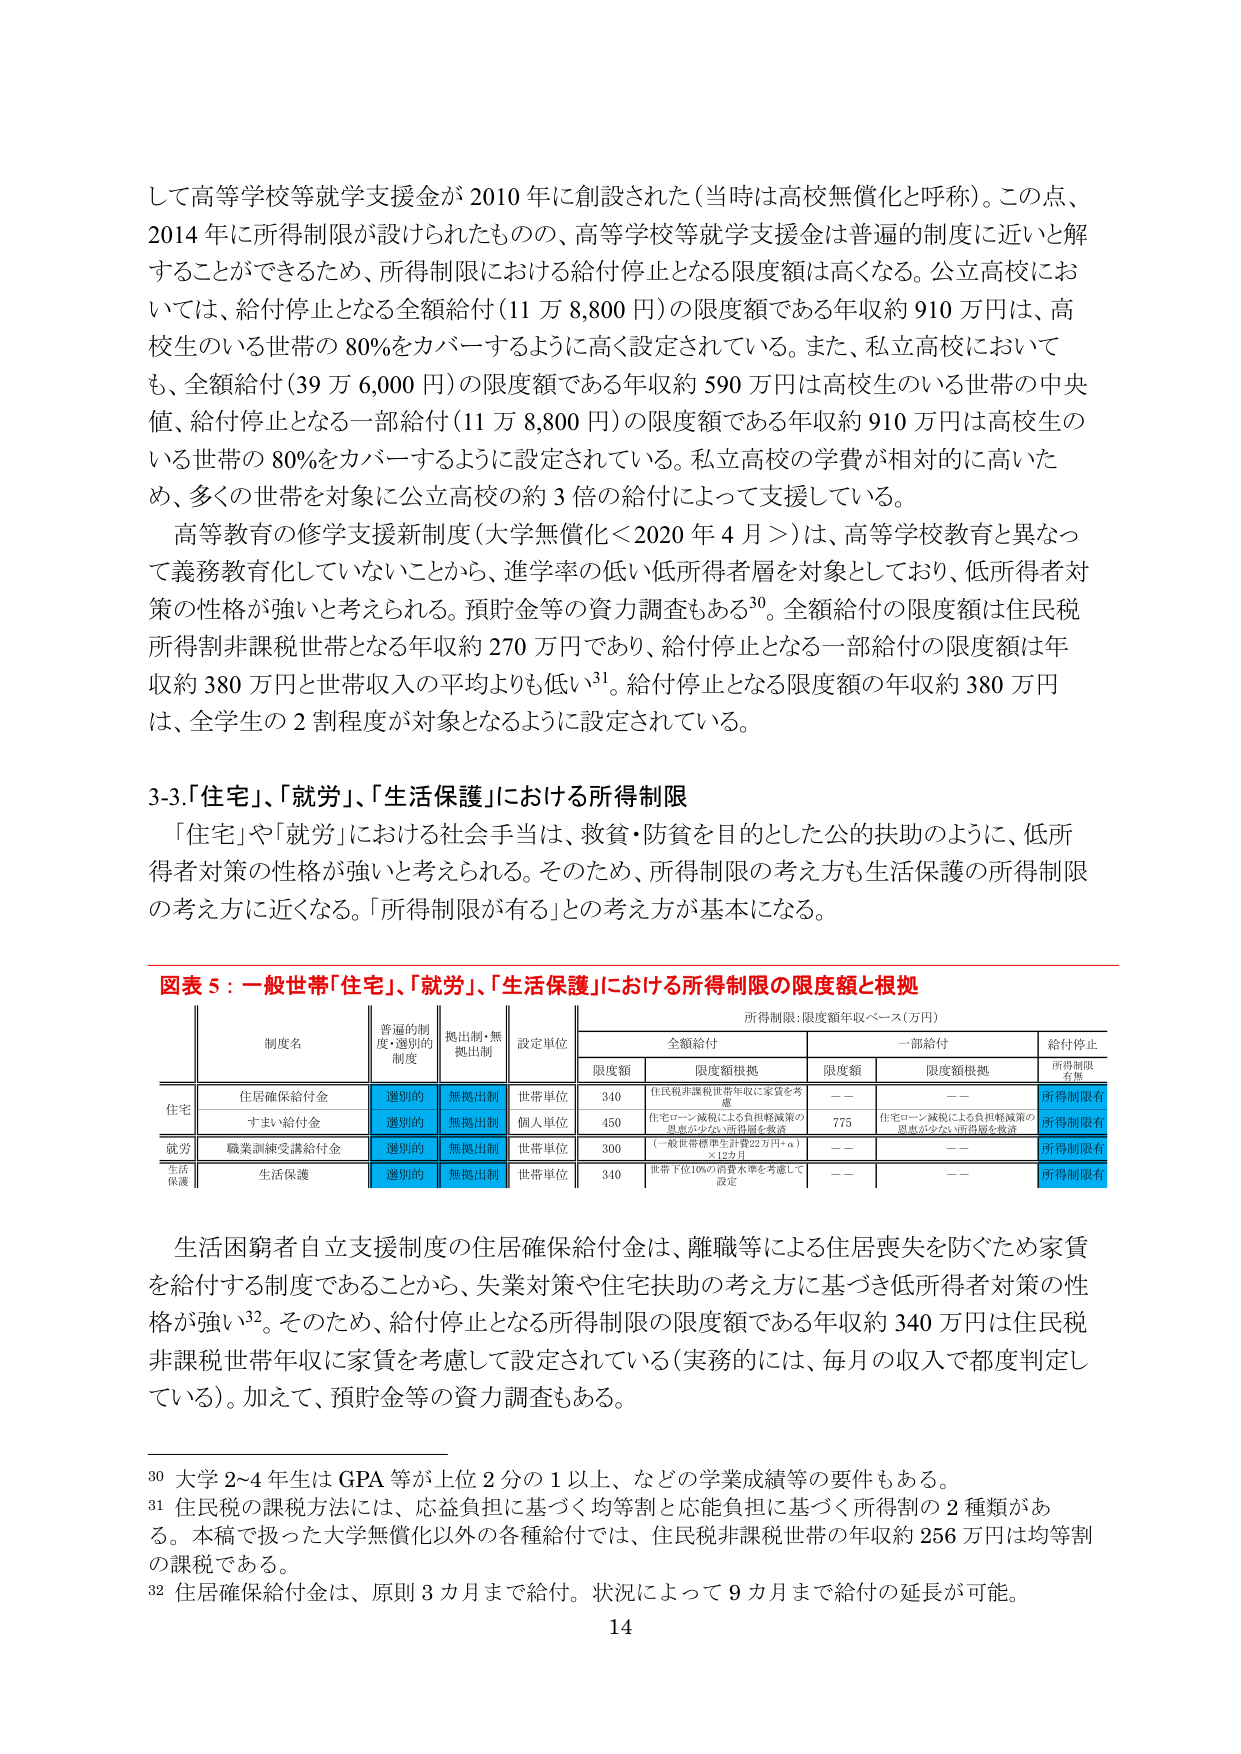
して高等学校等就学支援金が 2010 年に創設された（当時は高校無償化と呼称）。この点、
2014 年に所得制限が設けられたものの、高等学校等就学支援金は普遍的制度に近いと解
することができるため、所得制限における給付停止となる限度額は高くなる。公立高校にお
いては、給付停止となる全額給付（11 万 8,800 円）の限度額である年収約 910 万円は、高
校生のいる世帯の 80%をカバーするように高く設定されている。また、私立高校において
も、全額給付（39 万 6,000 円）の限度額である年収約 590 万円は高校生のいる世帯の中央
値、給付停止となる一部給付（11 万 8,800 円）の限度額である年収約 910 万円は高校生の
いる世帯の 80%をカバーするように設定されている。私立高校の学費が相対的に高いた
め、多くの世帯を対象に公立高校の約 3 倍の給付によって支援している。

高等教育の修学支援新制度（大学無償化＜2020 年 4 月＞）は、高等学校教育と異なっ
て義務教育化していないことから、進学率の低い低所得者層を対象としており、低所得者対
策の性格が強いと考えられる。預貯金等の資力調査もある³⁰。全額給付の限度額は住民税
所得割非課税世帯となる年収約 270 万円であり、給付停止となる一部給付の限度額は年
収約 380 万円と世帯収入の平均よりも低い³¹。給付停止となる限度額の年収約 380 万円
は、全学生の 2 割程度が対象となるように設定されている。

3-3.「住宅」、「就労」、「生活保護」における所得制限

「住宅」や「就労」における社会手当は、救貧・防貧を目的とした公的扶助のように、低所
得者対策の性格が強いと考えられる。そのため、所得制限の考え方も生活保護の所得制限
の考え方と近くなる。「所得制限が有る」との考え方が基本になる。

図表 5：一般世帯「住宅」、「就労」、「生活保護」における所得制限の限度額と根拠

所得制限：限度額年収ベース（万円）

| 制度名 | 普遍的制度・選別的制度 | 提出制・無提出制 | 設定単位 | 全額給付 | 一部給付 | 給付停止 |
|--------|------------------------|------------------|----------|----------|----------|----------|
|        |                        |                  |          | 限度額   | 限度額根拠 | 限度額   | 限度額根拠 | 所得制限有無 |
| 住宅   | 住居確保給付金         | 選別的           | 無提出制 | 世帯単位 | 340      | 住民税非課税世帯年収に家賃を考慮 | —— | —— | 所得制限有 |
|        | すまい給付金           | 選別的           | 無提出制 | 個人単位 | 450      | 住宅ローン減税による負担軽減策の恩恵が少ない世帯層を考慮 | 775 | 住宅ローン減税による負担軽減策の恩恵が少ない世帯層を考慮 | 所得制限有 |
| 就労   | 職業訓練受講給付金     | 選別的           | 無提出制 | 世帯単位 | 300      | （一般世帯標準年収22万円＋α）×12カ月 | —— | —— | 所得制限有 |
| 生活保護 | 生活保護              | 選別的           | 無提出制 | 世帯単位 | 340      | 世帯下位10%の消費水準を考慮して設定 | —— | —— | 所得制限有 |

生活困窮者自立支援制度の住居確保給付金は、離職等による住居喪失を防ぐため家賃
を給付する制度であることから、失業対策や住宅扶助の考え方に基づき低所得者対策の性
格が強い³²。そのため、給付停止となる所得制限の限度額である年収約 340 万円は住民税
非課税世帯年収に家賃を考慮して設定されている（実務的には、毎月の収入で都度判定し
ている）。加えて、預貯金等の資力調査もある。

³⁰ 大学 2～4 年生は GPA 等が上位 2 分の 1 以上、などの学業成績等の要件もある。
³¹ 住民税の課税方法には、応益負担に基づく均等割と応能負担に基づく所得割の 2 種類があ
る。本稿で扱った大学無償化以外の各種給付では、住民税非課税世帯の年収約 256 万円は均等割
の課税である。
³² 住居確保給付金は、原則 3 カ月まで給付。状況によって 9 カ月まで給付の延長が可能。

14